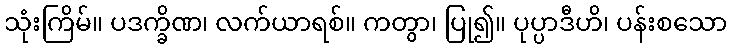
သုံးကြိမ်။ ပဒက္ခိဏ၊ လက်ယာရစ်။ ကတွာ၊ ပြု၍။ ပုပ္ပာဒီဟိ၊ ပန်းစသော